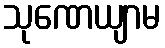
သုဏေယျာမ